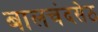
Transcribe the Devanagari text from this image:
बालचंदसेठ